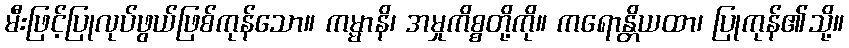
မီးဖြင့်ပြုလုပ်ဖွယ်ဖြစ်ကုန်သော။ ကမ္မာနိ၊ အမှုကိစ္စတို့ကို။ ကရောန္တိယထာ၊ ပြုကုန်၏သို့။